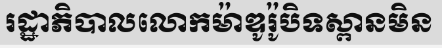
រដ្ឋាភិបាលលោកម៉ាឌូរ៉ូបិទស្ពានមិន